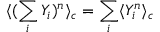
\langle ( \sum _ { i } Y _ { i } ) ^ { n } \rangle _ { c } = \sum _ { i } \langle Y _ { i } ^ { n } \rangle _ { c }